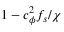
1 - c _ { \phi } ^ { 2 } f _ { s } / \chi